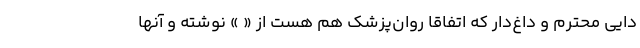
دایی محترم و داغ‌‌دار که اتفاقا روان‌پزشک هم هست از « » نوشته و آنها